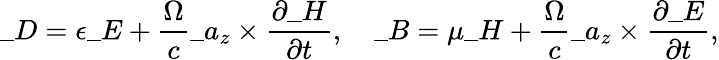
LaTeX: \_ D=\epsilon\_ E+{\frac{\Omega}{c}}\_ a_{z}\times\frac{\partial\_ H}{\partial t},\quad\_ B=\mu\_ H+{\frac{\Omega}{c}}\_ a_{z}\times\frac{\partial\_ E}{\partial t},